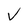
Character: v